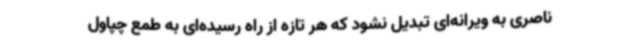
ناصری به ویرانه‌ای تبدیل نشود که هر تازه از راه ‌رسیده‌ای به طمع چپاول